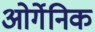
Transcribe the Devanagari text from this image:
ओर्गेनिक